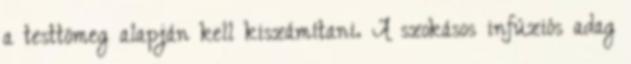
a testtömeg alapján kell kiszámítani. A szokásos infúziós adag